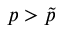
p > \tilde { p }